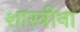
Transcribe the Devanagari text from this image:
शास्त्रीना